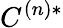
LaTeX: C^{(n)*}